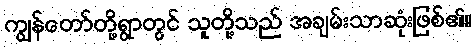
ကျွန်တော်တို့ရွာတွင် သူတို့သည် အချမ်းသာဆုံးဖြစ်၏။